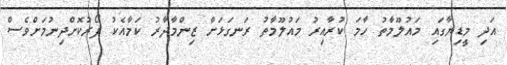
އަދި މީޑިޔާގައި މައުލޫމާތު ހާމަ ކުރާއިރު މައުލޫމާތު ރަނގަޅަށް ޒިންމާދާރު ކަމާއެކު ފޯރުކޮށްދިނުމަށްވެސް